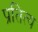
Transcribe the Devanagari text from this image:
प्रतित्य